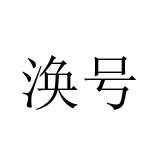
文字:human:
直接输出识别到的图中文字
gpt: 涣号